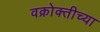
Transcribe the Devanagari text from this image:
वक्रोक्तीच्या